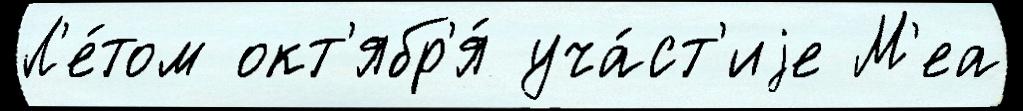
Л'е́том окт'ябр'я́ уча́ст'иjе М'еа